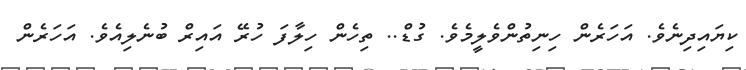
ކިޔައިދިނެވެ. އަހަރެން ހިނިތުންވެލީމެވެ. ގުޑް.. ތިހެން ހިލާފަ ހުރޭ އައިރް ބުނެލިއެވެ. އަހަރެން